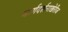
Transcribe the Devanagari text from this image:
मार्गदर्शनाखेरीज